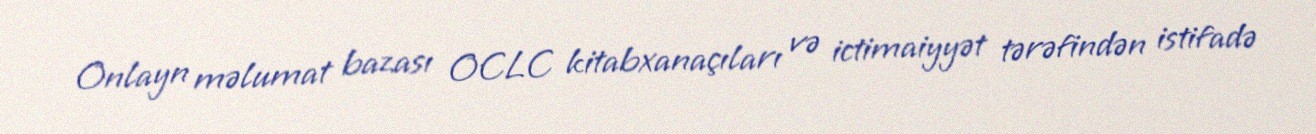
Onlayn məlumat bazası OCLC kitabxanaçıları və ictimaiyyət tərəfindən istifadə